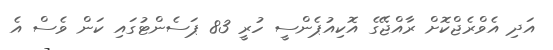
އަދި އެވްރެޖްކޮށް ރާއްޖޭގެ އޮކިއުޕެންސީ ހުރީ 83 ޕަސެންޓުގައި ކަން ވެސް އެ